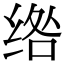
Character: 绺